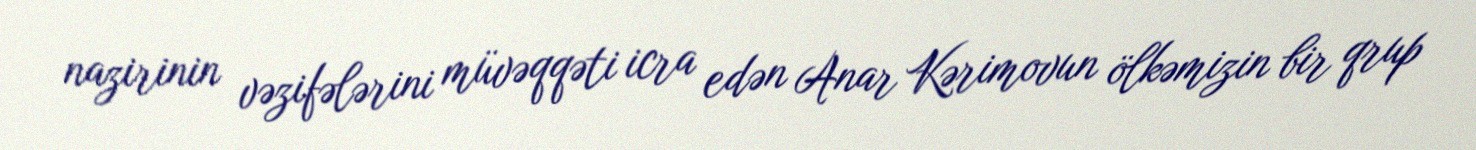
nazirinin vəzifələrini müvəqqəti icra edən Anar Kərimovun ölkəmizin bir qrup